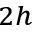
_ { 2 h }